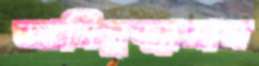
আমিনুজ্জামান